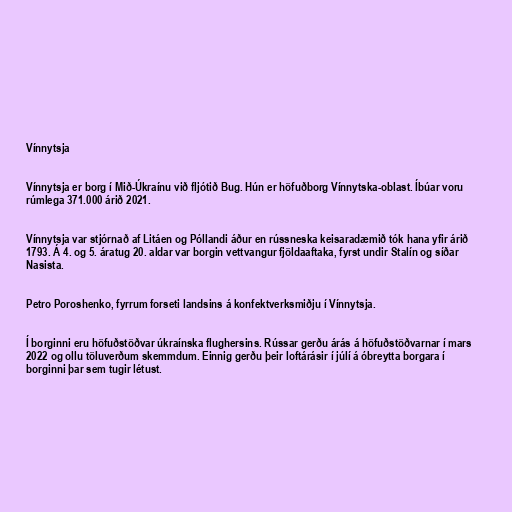
Vínnytsja

Vínnytsja er borg í Mið-Úkraínu við fljótið Bug. Hún er höfuðborg Vínnytska-oblast. Íbúar voru
rúmlega 371.000 árið 2021.

Vínnytsja var stjórnað af Litáen og Póllandi áður en rússneska keisaradæmið tók hana yfir árið
1793. Á 4. og 5. áratug 20. aldar var borgin vettvangur fjöldaaftaka, fyrst undir Stalín og síðar
Nasista.

Petro Poroshenko, fyrrum forseti landsins á konfektverksmiðju í Vínnytsja.

Í borginni eru höfuðstöðvar úkraínska flughersins. Rússar gerðu árás á höfuðstöðvarnar í mars
2022 og ollu töluverðum skemmdum. Einnig gerðu þeir loftárásir í júlí á óbreytta borgara í
borginni þar sem tugir létust.